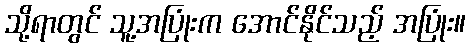
သို့ရာတွင် သူ့အပြုံးက အောင်နိုင်သည့် အပြုံး။